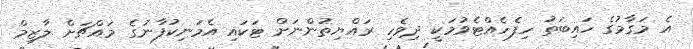
އެ މަގާމުގެ ހައިބަތު ހިފެހެއްޓެވުމަކީ ދިވެހި ރައްޔިތުންނަށް ޓަކައި އެމަނިކުފާނުގެ މައްޗަށް ލާޒިމް